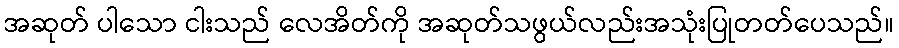
အဆုတ် ပါသော ငါးသည် လေအိတ်ကို အဆုတ်သဖွယ်လည်းအသုံးပြုတတ်ပေသည်။